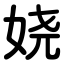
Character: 娆